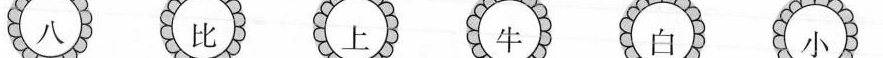
八 比 上 牛 白 小